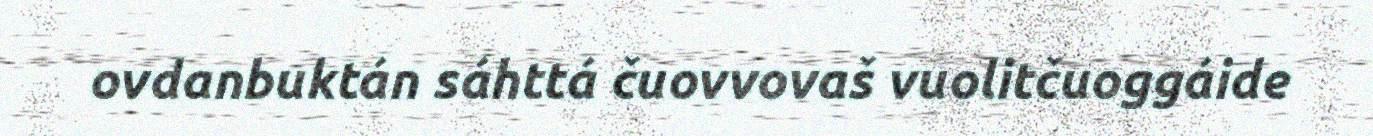
ovdanbuktán sáhttá čuovvovaš vuolitčuoggáide